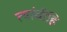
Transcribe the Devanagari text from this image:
त्यांचीहि